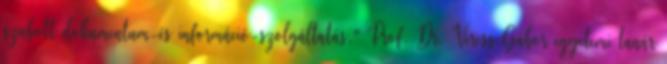
szabott dokumentum-és információ-szolgáltatás." Prof. Dr. Veress Gábor egyetemi tanár